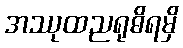
အဿုထညရုဓိရမှိ